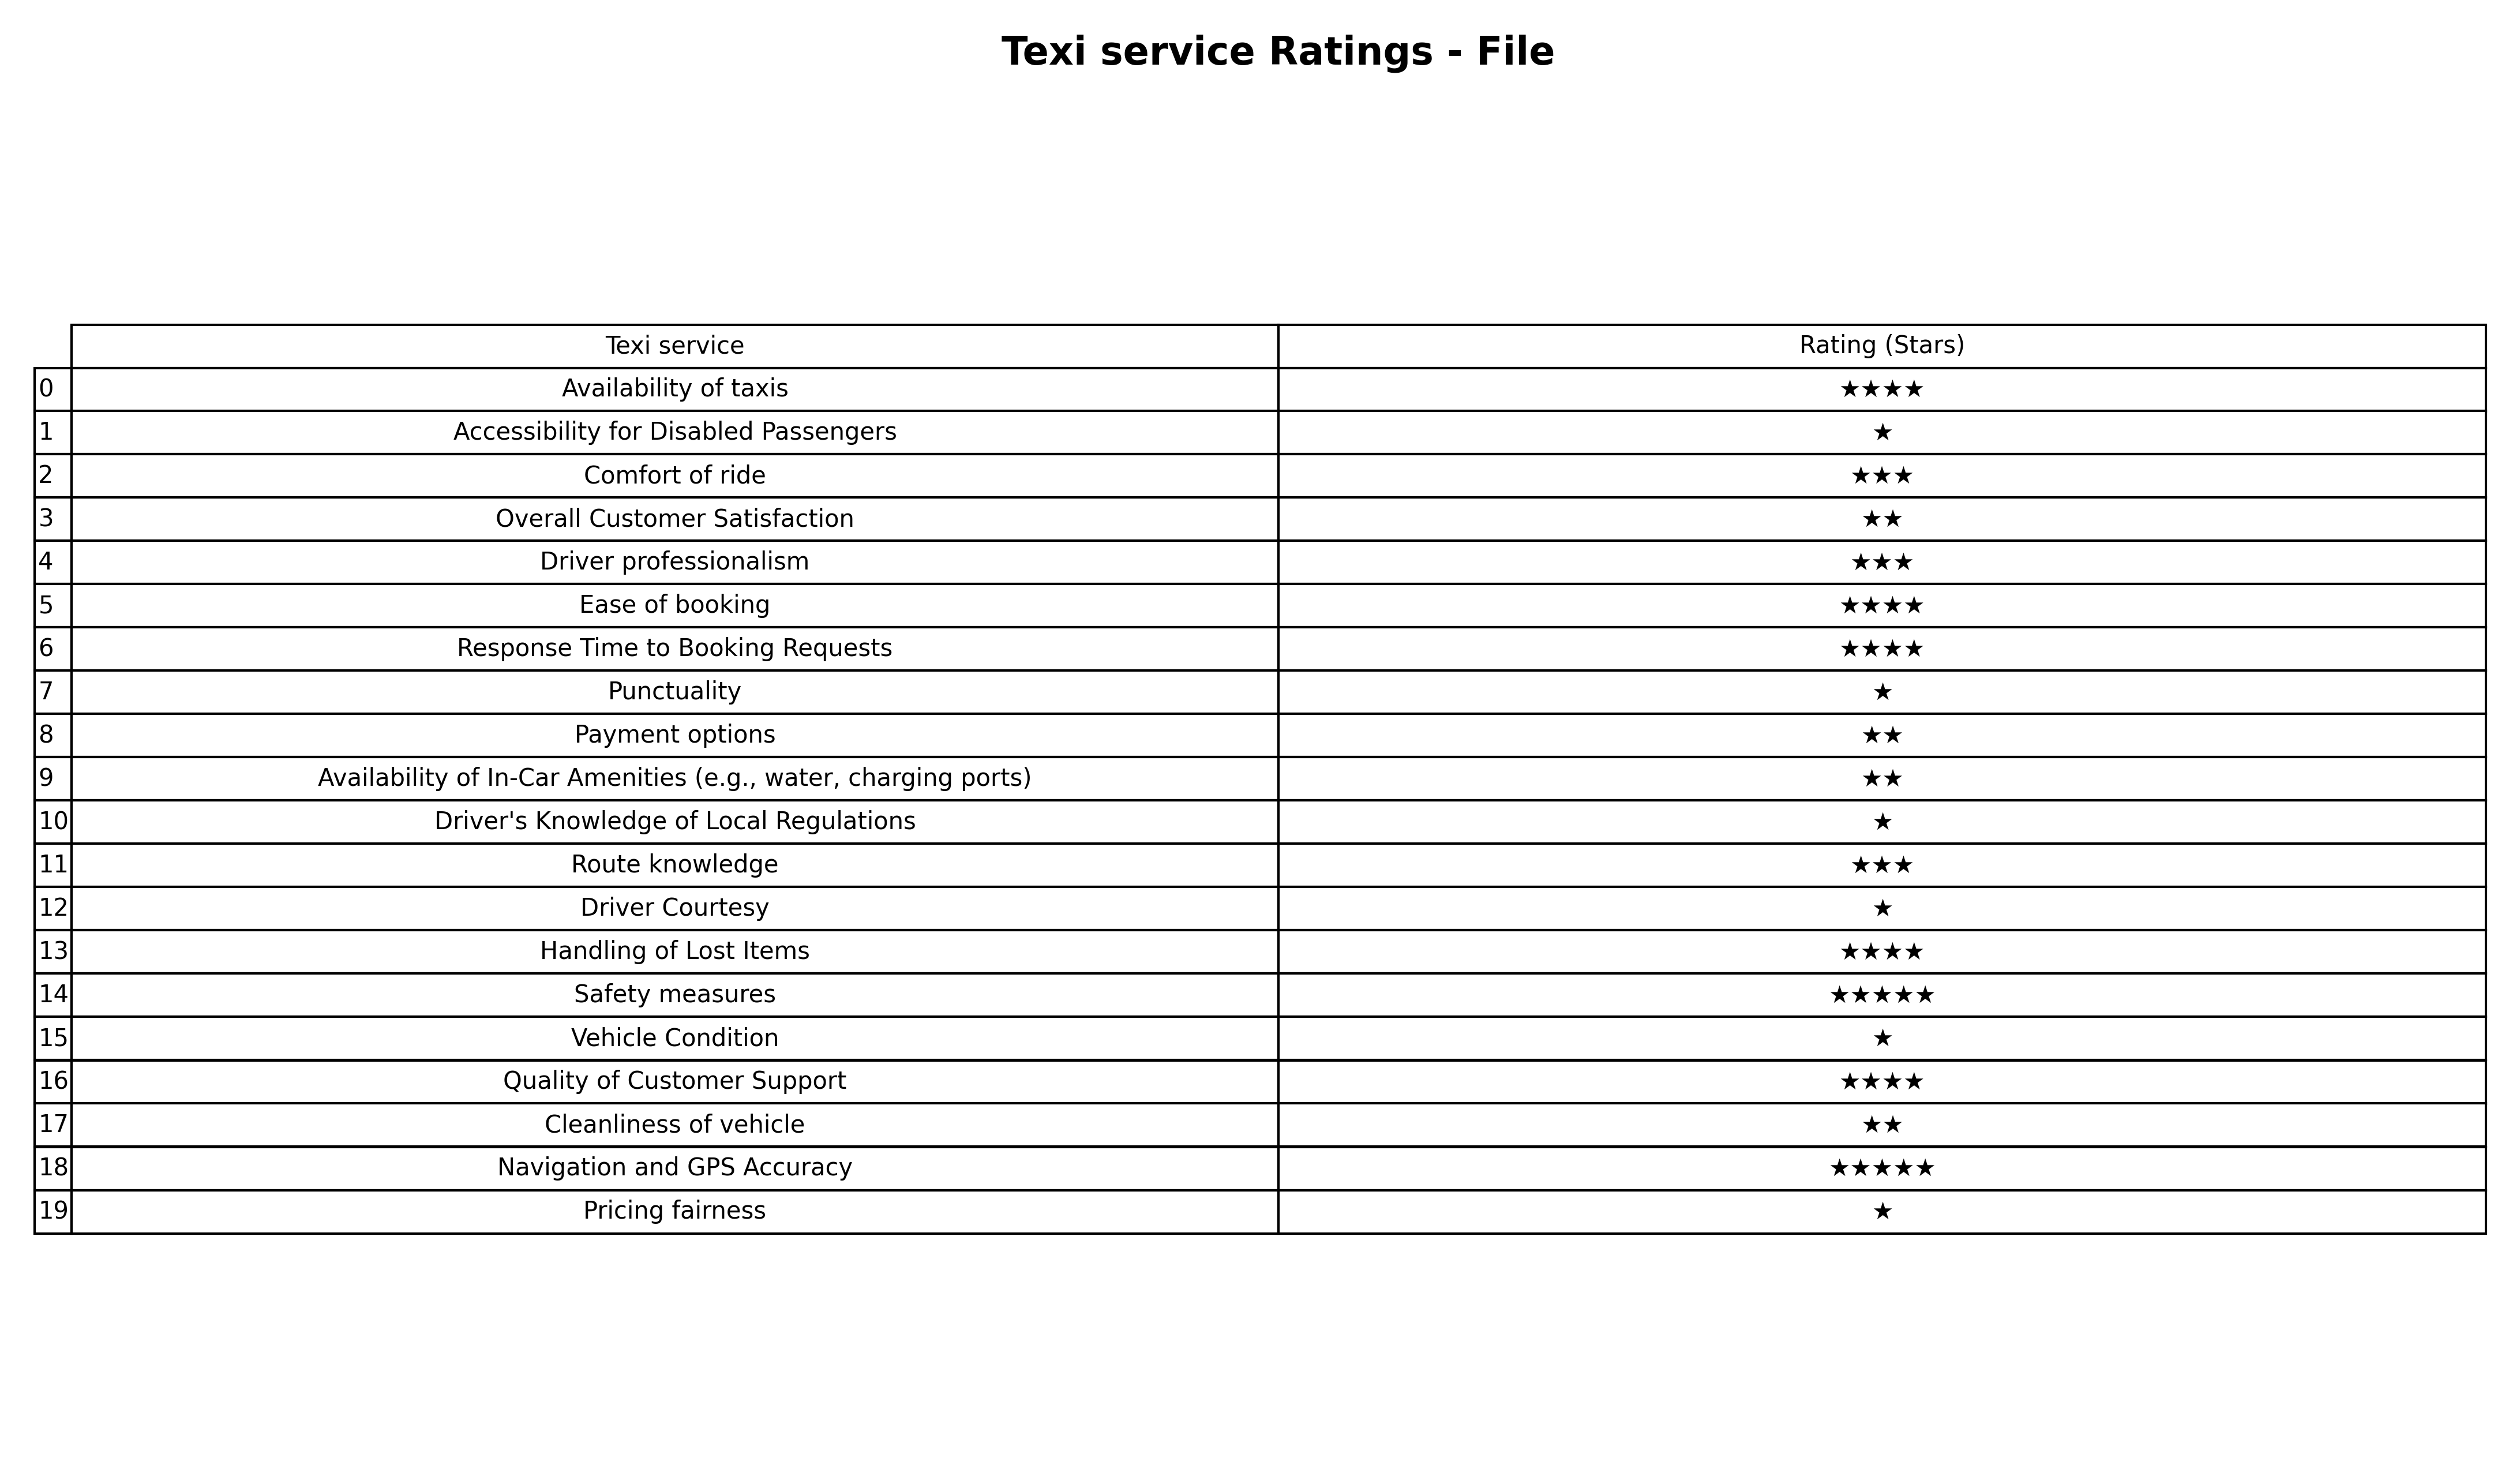
question: What are one star services?
answer: Accessibility for Disabled PassengersPunctualityDriver's Knowledge of Local RegulationsDriver CourtesyVehicle ConditionPricing fairness